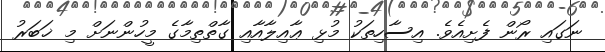
ނަގައި ރޯން ފެށިއެވެ. އިސާހިތަކު މުޅި ޢާއިލާއާއި ގާތްތިމާގެ މީހުންނަށް މި ޚަބަރު